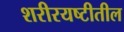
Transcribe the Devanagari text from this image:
शरीरयष्टीतील